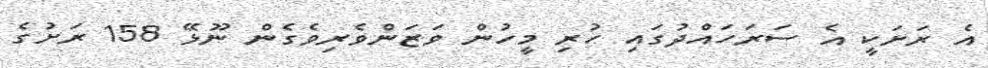
އެ ރަށަކީ އެ ސަރަހައްދުގައި ހުރި މީހުން ވަޒަންވެރިވެގެން ނޫޅޭ 158 ރަށުގެ